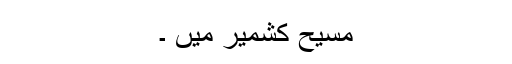
مسیح کشمیر میں ۔